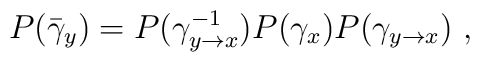
P(\bar{\gamma}_y) = P(\gamma^{-1}_{y \rightarrow x}) P(\gamma_x) P(\gamma_{y\rightarrow x})~,